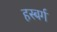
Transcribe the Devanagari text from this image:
हस्बर्ग